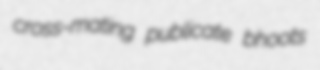
cross-mating publicate bhoots